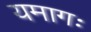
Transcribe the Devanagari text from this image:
यमागः